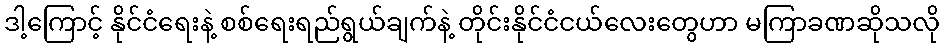
ဒါ့ကြောင့် နိုင်ငံရေးနဲ့ စစ်ရေးရည်ရွယ်ချက်နဲ့ တိုင်းနိုင်ငံငယ်လေးတွေဟာ မကြာခဏဆိုသလို